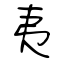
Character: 夷